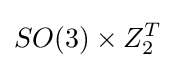
SO(3)\times Z_{2}^{T}